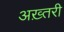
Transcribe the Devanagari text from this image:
अख़्तरी